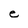
Character: e